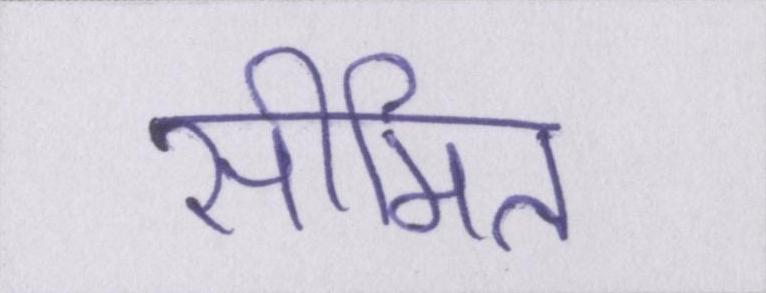
सीमित